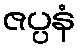
ဇပ္ပနံ